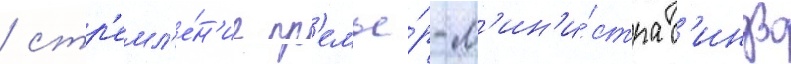
/ стр'емл'е́н'ие пр'емье́р-м'ин'и́стра с'индзо